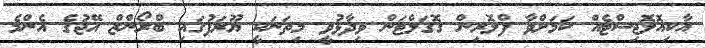
އާކިއޮލޮޖިސްޓެއް ކަމަށްވާ ފްލޮރިން ގޮގަލްޓަން ވިދާޅުވީ މިތަނަކީ ޔޫރަޕުގައި ބްރޯންޒް އޭޖުގެ އެންމެ